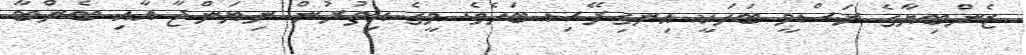
ޒެންބިޔާގެ ރަސްމީ ބަހަކީ އިނގިރޭސި ބަހެވެ. މީގެ އިތުރުން ނިޔަންޖާ އާއި ބެންބާ